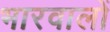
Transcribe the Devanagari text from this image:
भारवालों